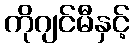
ကိုဂျင်မီနှင့်